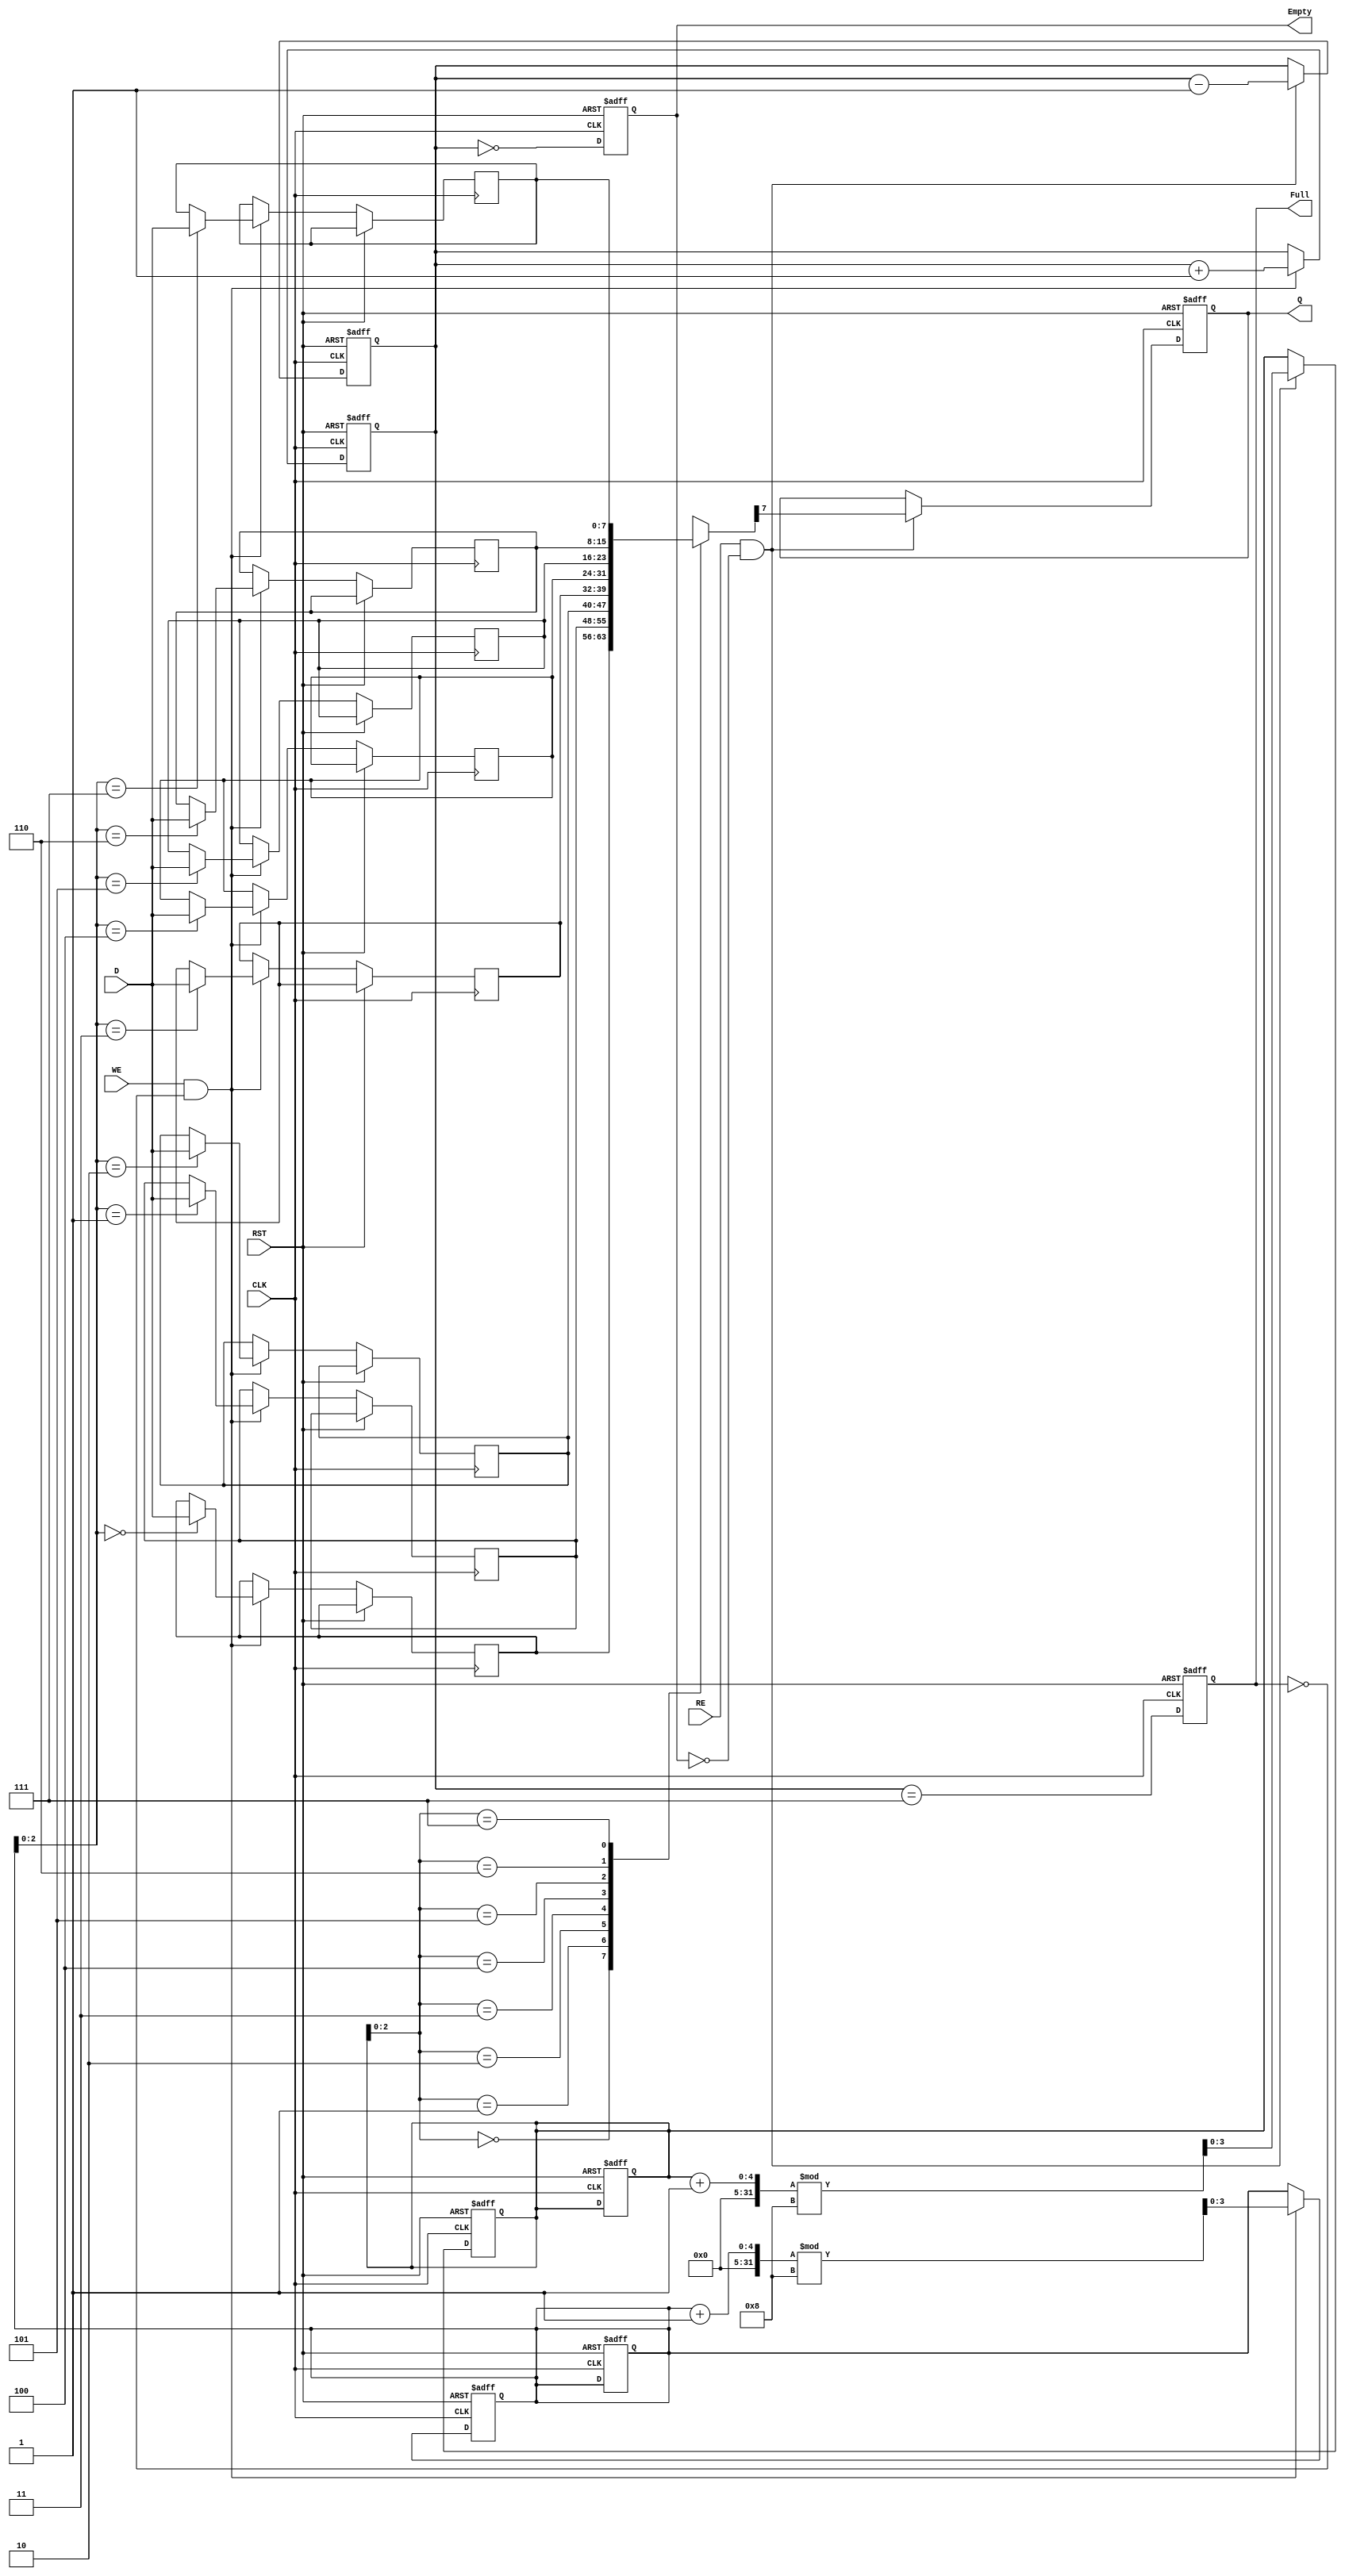
module FIFO_PISO (
    input  wire [7:0] D,        // Parallel Data Input
    input  wire WE,             // Write Enable
    input  wire RE,             // Read Enable
    input  wire CLK,            // Clock
    input  wire RST,            // Reset
    output reg  Q,              // Serial Output
    output reg  Full,           // Full Flag
    output reg  Empty           // Empty Flag
);

    // Parameters
    parameter DEPTH = 8;        // Depth of FIFO (number of registers)
    reg [7:0] fifo [0:DEPTH-1]; // FIFO storage
    reg [3:0] head;             // Pointer for writing
    reg [3:0] tail;             // Pointer for reading
    reg [3:0] count;            // Current number of items in FIFO

    // Initial block
    initial begin
        head = 0;
        tail = 0;
        count = 0;
        Full = 0;
        Empty = 1;
        Q = 0;
    end

    // Write operation
    always @(posedge CLK or posedge RST) begin
        if (RST) begin
            head <= 0;
            tail <= 0;
            count <= 0;
            Full <= 0;
            Empty <= 1;
        end else begin
            if (WE && !Full) begin
                fifo[head] <= D; // Write data to FIFO
                head <= (head + 1) % DEPTH; // Update head pointer
                count <= count + 1; // Increment count
            end
            
            // Update Full and Empty flags
            Full <= (count == DEPTH - 1);
            Empty <= (count == 0);
        end
    end

    // Read operation
    always @(posedge CLK or posedge RST) begin
        if (RST) begin
            head <= 0;
            tail <= 0;
            count <= 0;
            Full <= 0;
            Empty <= 1;
            Q <= 0;
        end else begin
            if (RE && !Empty) begin
                Q <= fifo[tail][7]; // Output MSB of the FIFO
                tail <= (tail + 1) % DEPTH; // Update tail pointer
                count <= count - 1; // Decrement count
            end
            
            // Update Full and Empty flags
            Full <= (count == DEPTH - 1);
            Empty <= (count == 0);
        end
    end

endmodule